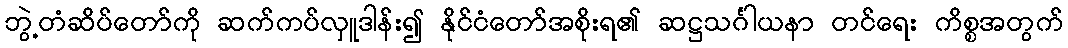
ဘွဲ့တံဆိပ်တော်ကို ဆက်ကပ်လှူဒါန်း၍ နိုင်ငံတော်အစိုးရ၏ ဆဋ္ဌသင်္ဂါယနာ တင်ရေး ကိစ္စအတွက်